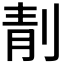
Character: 𠝜